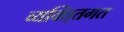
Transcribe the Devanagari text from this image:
व्यक्ति्तगत